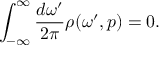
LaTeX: \int _ { - \infty } ^ { \infty } \frac { d \omega ^ { \prime } } { 2 \pi } \rho ( \omega ^ { \prime } , p ) = 0 .